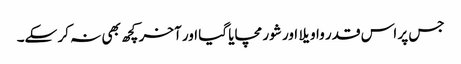
جس پر اس قدر واویلا اور شور مچایا گیا اور آخر کچھ بھی نہ کر سکے۔